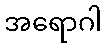
အရောဂါ